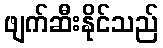
ဖျက်ဆီးနိုင်သည်